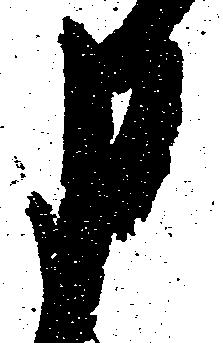
申